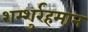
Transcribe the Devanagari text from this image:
शम्शुर्रहमान